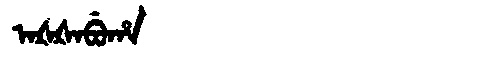
Manchu: ᠠᡧᡧᠠᠪᡠᡥᠠ
Romanization: AŠŠABUHA